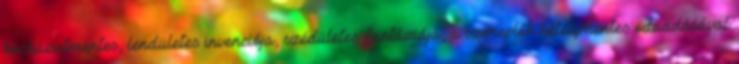
kockázatmentes, lendületes invenciója, szédületes fantáziája, a szereplők kételymentes odaadásával